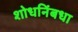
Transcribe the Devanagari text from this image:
शोधनिंबधा